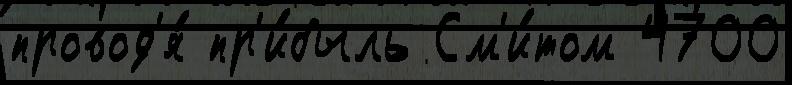
провод'я́ пр'и́быль См'и́том 4700